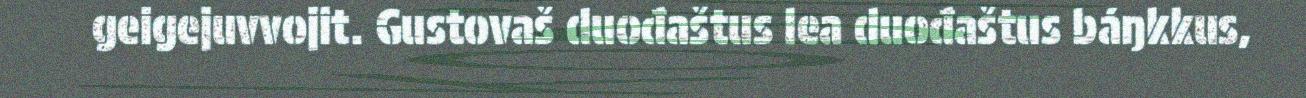
geigejuvvojit. Gustovaš duođaštus lea duođaštus báŋkkus,